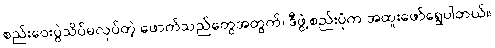
စည်းဝေးပွဲသိပ်မလုပ်တဲ့ ဖောက်သည်တွေအတွက်၊ ဒီဖွဲ့စည်းပုံက အထူးဖော်ရွေပါတယ်။